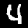
Digit: 4